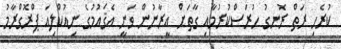
ކުރެހި ރަތް ރޮނގު ހުރަސްކުރުމާއި ގާތަށް އީރާނުން ވަނީ އެޤައުމުގެ ނިއުކްލިއަ ޕްރޮގްރާމު